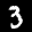
Label: 3